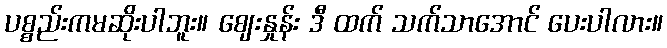
ပစ္စည်းကမဆိုးပါဘူး။ ဈေးနှုန်း ဒီ ထက် သက်သာအောင် ပေးပါလား။